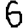
Digit: 6